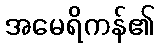
အမေရိကန်၏